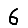
Digit: 6